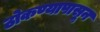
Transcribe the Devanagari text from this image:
ठोकण्यापासून